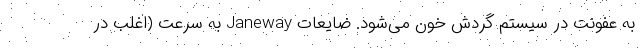
به عفونت در سیستم گردش خون می‌شود. ضایعات Janeway به سرعت (اغلب در